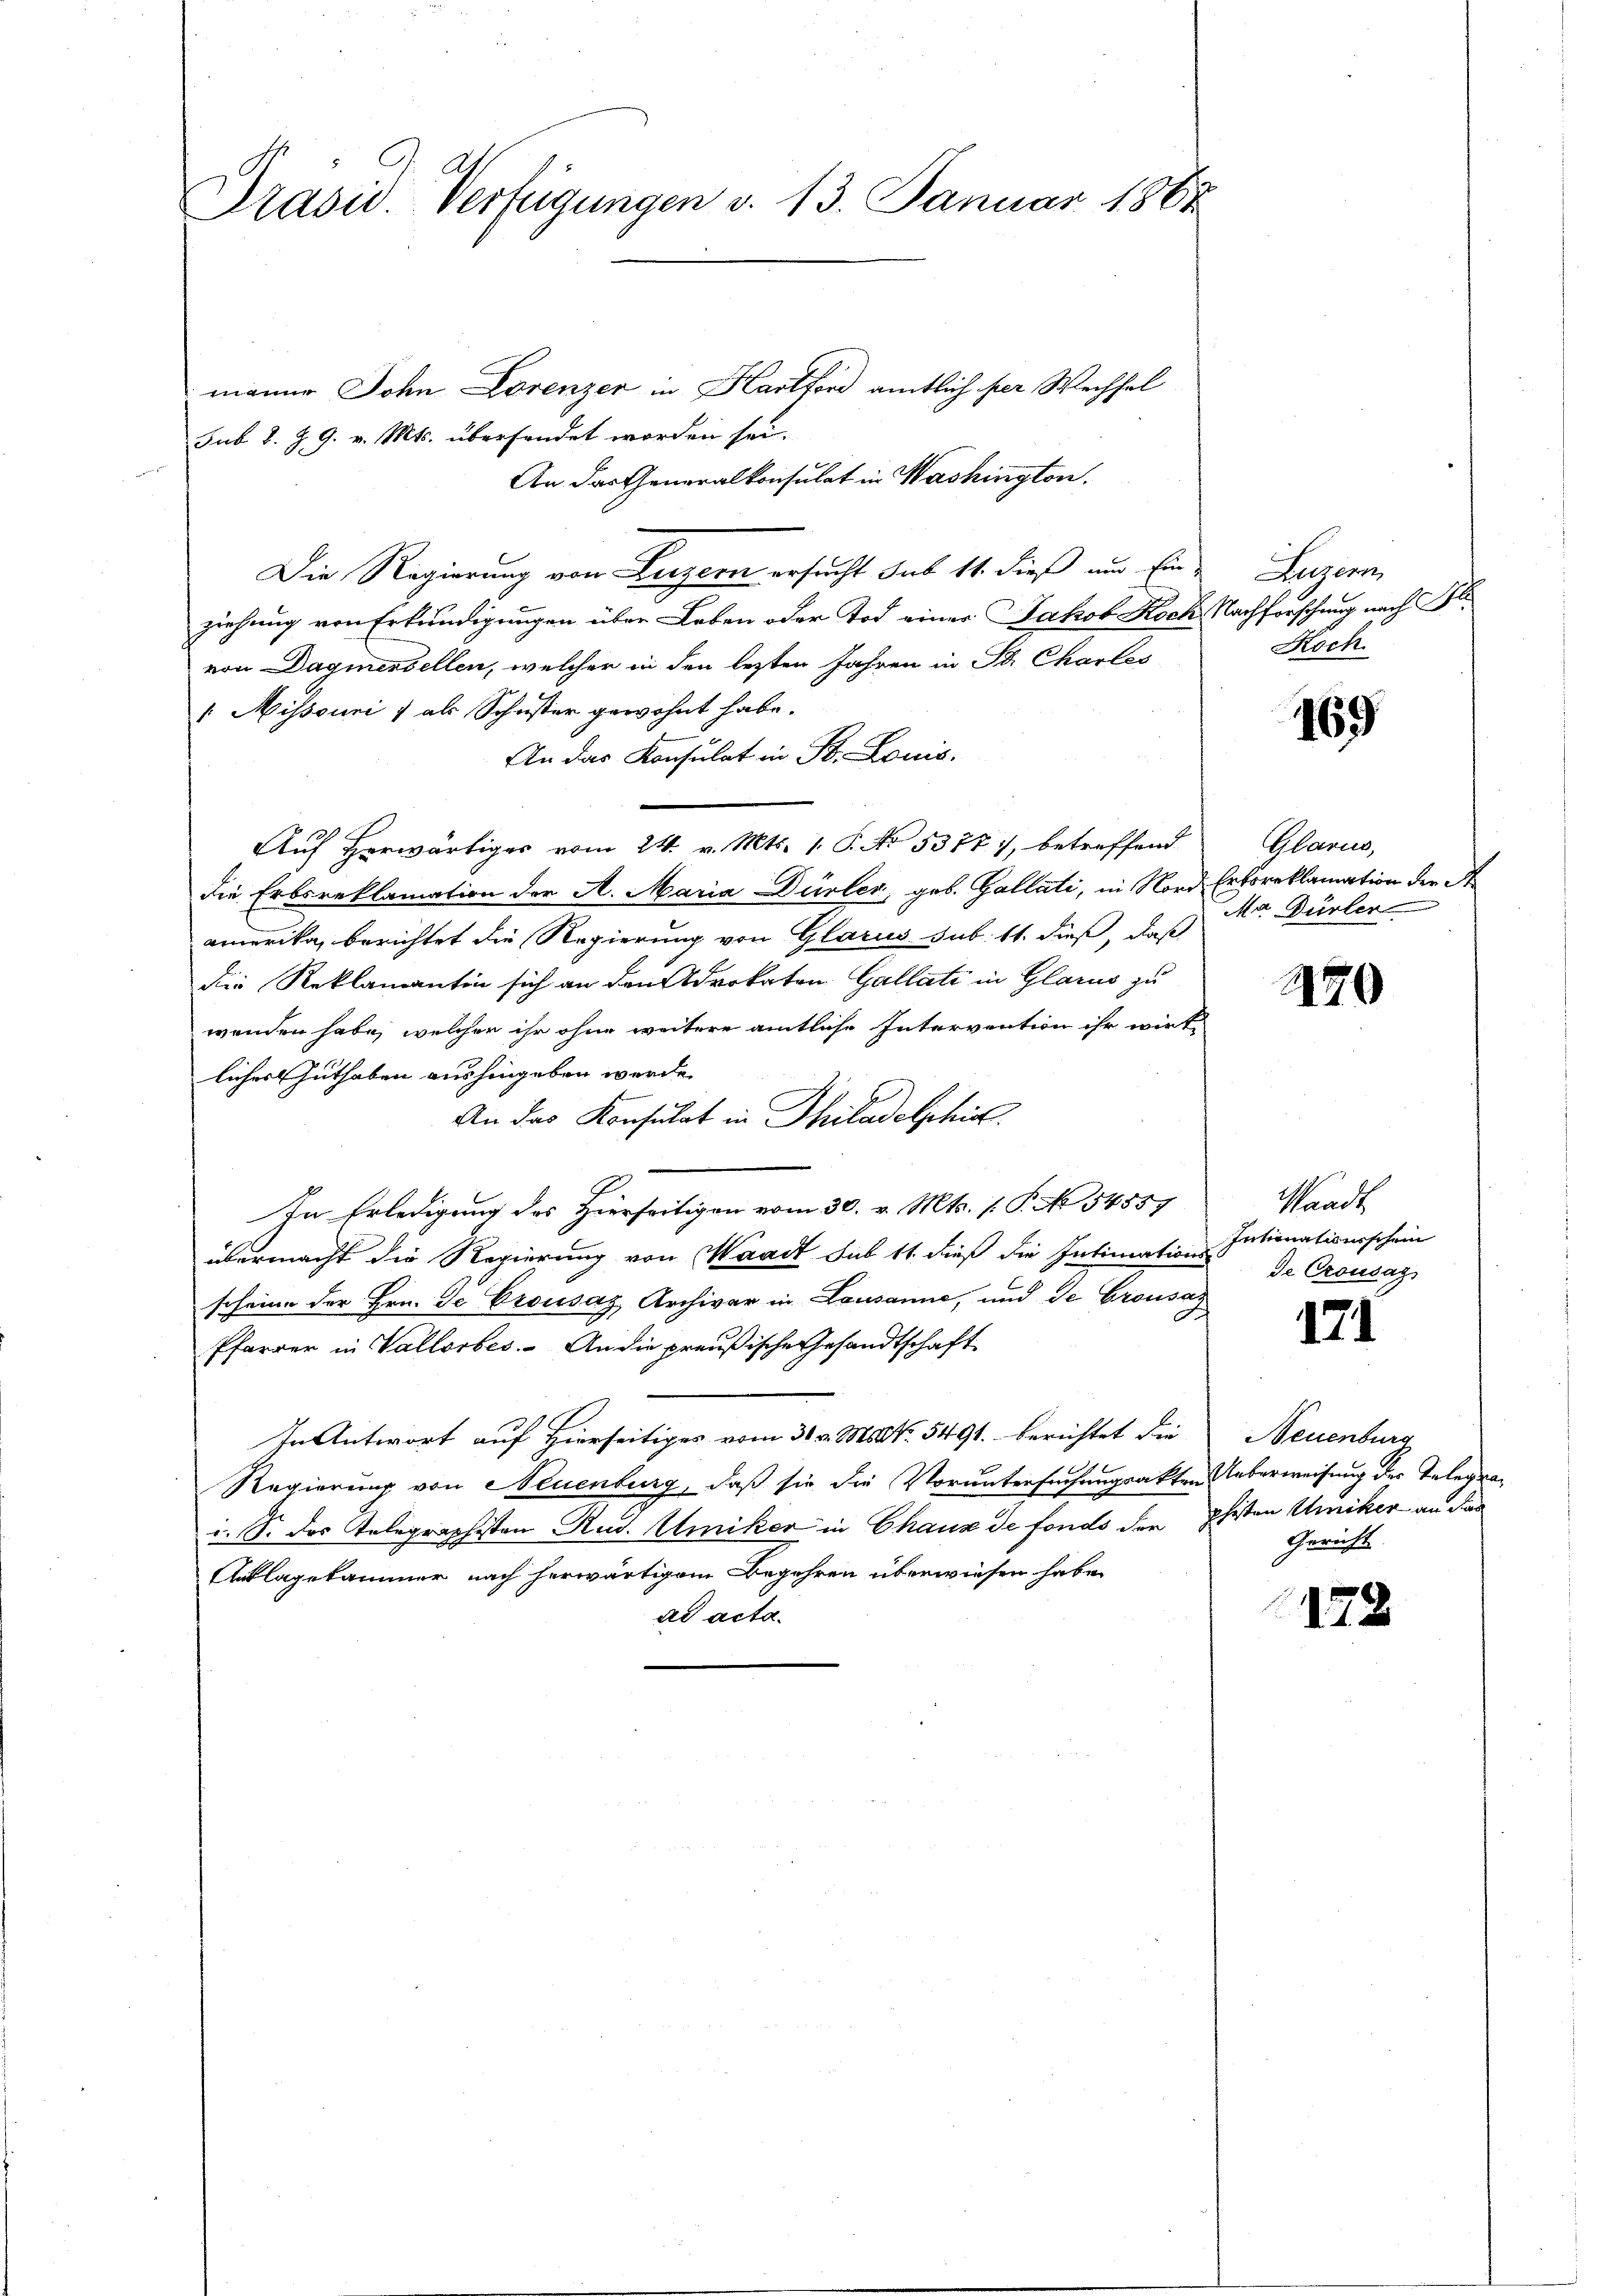
Präsid. Verfügungen d. 13. Januar 1862

manne Sohn Lorenzer in Hartford amtlich per Wechsel
sub 2. §. 9. v. Mts. übersendet worden sei.
An das Generalkonsulat in Washington.
Die Regierung von Luzern ersucht sub 14. dieß aus Einziehung von Erkundigungen über Leben oder Tod einer Jakob Koch, Nachforschung nach Bl
von Dagmersellen, welcher in den lezten Jahren in St. Charlos
[Missouri 1 als Schuster gewohnt habe.
An das Konsulat in B. Louis.
Auf Herwärtiges vom 24. v. Mts. 1. P. No. 5377, betreffend
die Erbsreklamation der A. Maria Dürler, geb. Gallati, in Nord Ertsreklamation der St
amerika, berichtet die Regierung von Glarus sub. 11. dieß, daß
die Reklamantin sich an den Advokaten Gallati in Glarus zu
wenden habe, welcher ihr ohne weitere amtliche Intervention ihr wirt-
liches Guthaben aushingeben werde.
An das Konsulat in Philadelphia
In Erledigung des Hierseitigen vom 30. v. Mts. (: P. No. 54557
übermacht die Regierung von Waadt sub 11. dieß die Intimations-Intionationsschein
scheine der Hrn. Je Crousaz Archivar in Lausanne, und de Crousas
Pfarrer in Vallorbes. An die preußische Gesandtschaft
In Antwort auf Hierseitiges vom 30. v. Ms. 5491. berichtet die Neuenburg
Regierung von Neuenburg, daß sie die Voruntersuchungsakten Ueberweisung der Telegrai. S. das Telegraphisten Rud. Amiker in Chaux de fonds der Pfisten Winiker an das
Anklagekammer nach herwärtigem Begehren überwiesen habe,
ad acta.

Augen
Roch

169

Glarus,
Ma Dürler

470

Waadt
de Crousag

171

Gericht

122